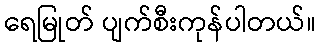
ရေမြုတ် ပျက်စီးကုန်ပါတယ်။